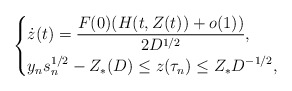
\begin{align*}\left\{\begin{aligned}& \dot z(t) = \dfrac{F(0)(H(t,Z(t))+o(1))}{2D^{1/2}},\\& y_n s_n^{1/2}-Z_*(D)\le z(\tau_n)\le Z_* D^{-1/2},\end{aligned}\right.\end{align*}